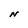
Character: N